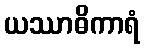
ယဿာဓိကာရံ